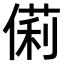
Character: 𠍆